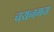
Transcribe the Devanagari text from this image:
चयनमय